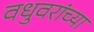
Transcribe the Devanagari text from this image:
वधुवरांच्या